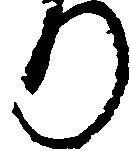
り